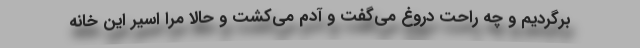
برگردیم و چه راحت دروغ می‌گفت و آدم می‌کشت و حالا مرا اسیر این خانه